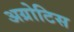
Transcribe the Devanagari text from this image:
अग्रोटिस